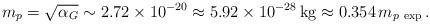
LaTeX: \begin{align*}m_p = \sqrt{\alpha_G} \sim 2.72 \times 10^{-20} \approx 5.92 \times 10^{-28} \, \mathrm{kg} \approx 0.354 \, m_{p\ \mathrm{exp}}\,. \end{align*}